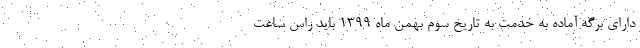
دارای برگه آماده به خدمت به تاریخ سوم بهمن ماه 1399 باید راس ساعت